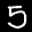
Label: 5